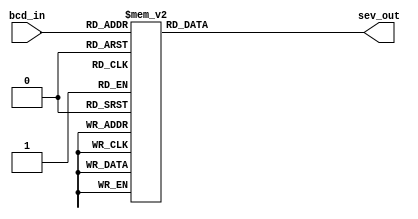
// This program was cloned from: https://github.com/Aryavardhan37/Verilog_codes
// License: MIT License

module bcdtosev (
    input [3:0] bcd_in,
    output reg [6:0] sev_out
);
    
    always @(*) begin
        case(bcd_in)
            4'b0000: sev_out = 7'b0000001;
            4'b0001: sev_out = 7'b1001111;
            4'b0010: sev_out = 7'b0010010;
            4'b0011: sev_out = 7'b0000110;
            4'b0100: sev_out = 7'b1001100;
            4'b0101: sev_out = 7'b0100100;
            4'b0110: sev_out = 7'b0100000;
            4'b0111: sev_out = 7'b0001111;
            4'b1000: sev_out = 7'b0000000;
            4'b1001: sev_out = 7'b0001100;
            default: sev_out = 7'b1111111; 
        endcase
    end
endmodule